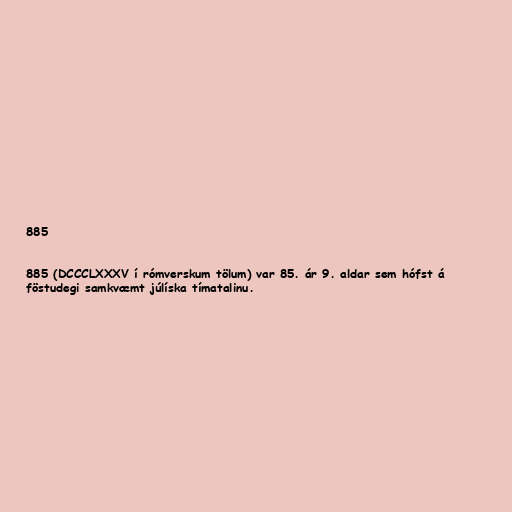
885

885 (DCCCLXXXV í rómverskum tölum) var 85. ár 9. aldar sem hófst á
föstudegi samkvæmt júlíska tímatalinu.